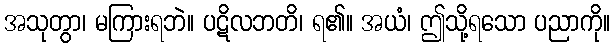
အသုတွာ၊ မကြားရဘဲ။ ပဋိလဘတိ၊ ရ၏။ အယံ၊ ဤသို့ရသော ပညာကို။